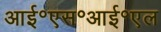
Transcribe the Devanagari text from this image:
आई॰एस॰आई॰एल